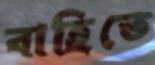
বাহিতে